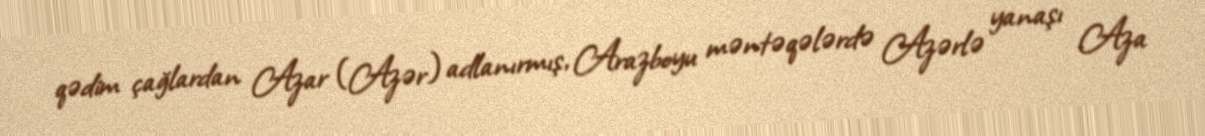
qədim çağlardan Azar (Azər) adlanırmış, Arazboyu məntəqələrdə Azərlə yanaşı Aza